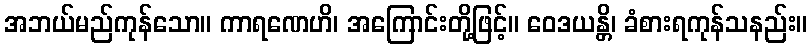
အဘယ်မည်ကုန်သော။ ကာရဏေဟိ၊ အကြောင်းတို့ဖြင့်။ ဝေဒယန္တိ၊ ခံစားရကုန်သနည်း။